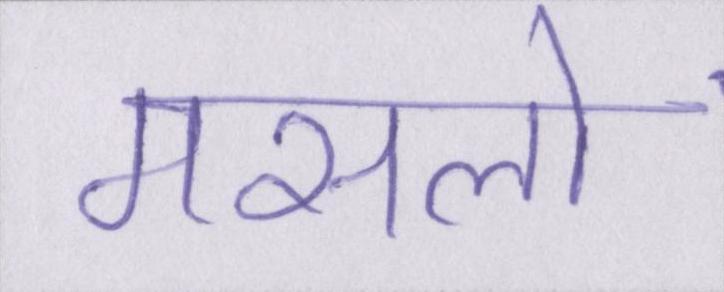
मसलों